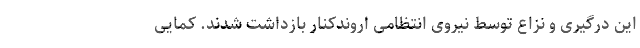
این درگیری و نزاع توسط نیروی انتظامی اروندکنار بازداشت شدند. کمایی